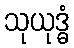
သုယုဒ္ဓံ